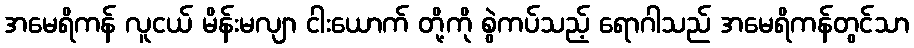
အမေရိကန် လူငယ် မိန်းမလျာ ငါးယောက် တို့ကို စွဲကပ်သည့် ရောဂါသည် အမေရိကန်တွင်သာ